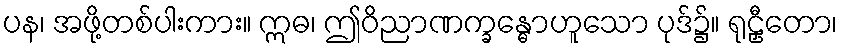
ပန၊ အဖို့တစ်ပါးကား။ ဣဓ၊ ဤဝိညာဏက္ခန္ဓောဟူသော ပုဒ်၌။ ရုဠှီတော၊